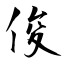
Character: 俊